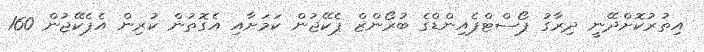
އިތުރުކޮށްދޭނީ ދިރާގު ޕޯސްޓްޕެއިންޑްގެ ބުރޯންޒް ޕެކޭޖުން ކަމަށާއި އެގޮތުން ކުރިން އެޕެކޭޖުން 160